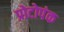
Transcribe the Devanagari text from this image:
प्रोटोपंक